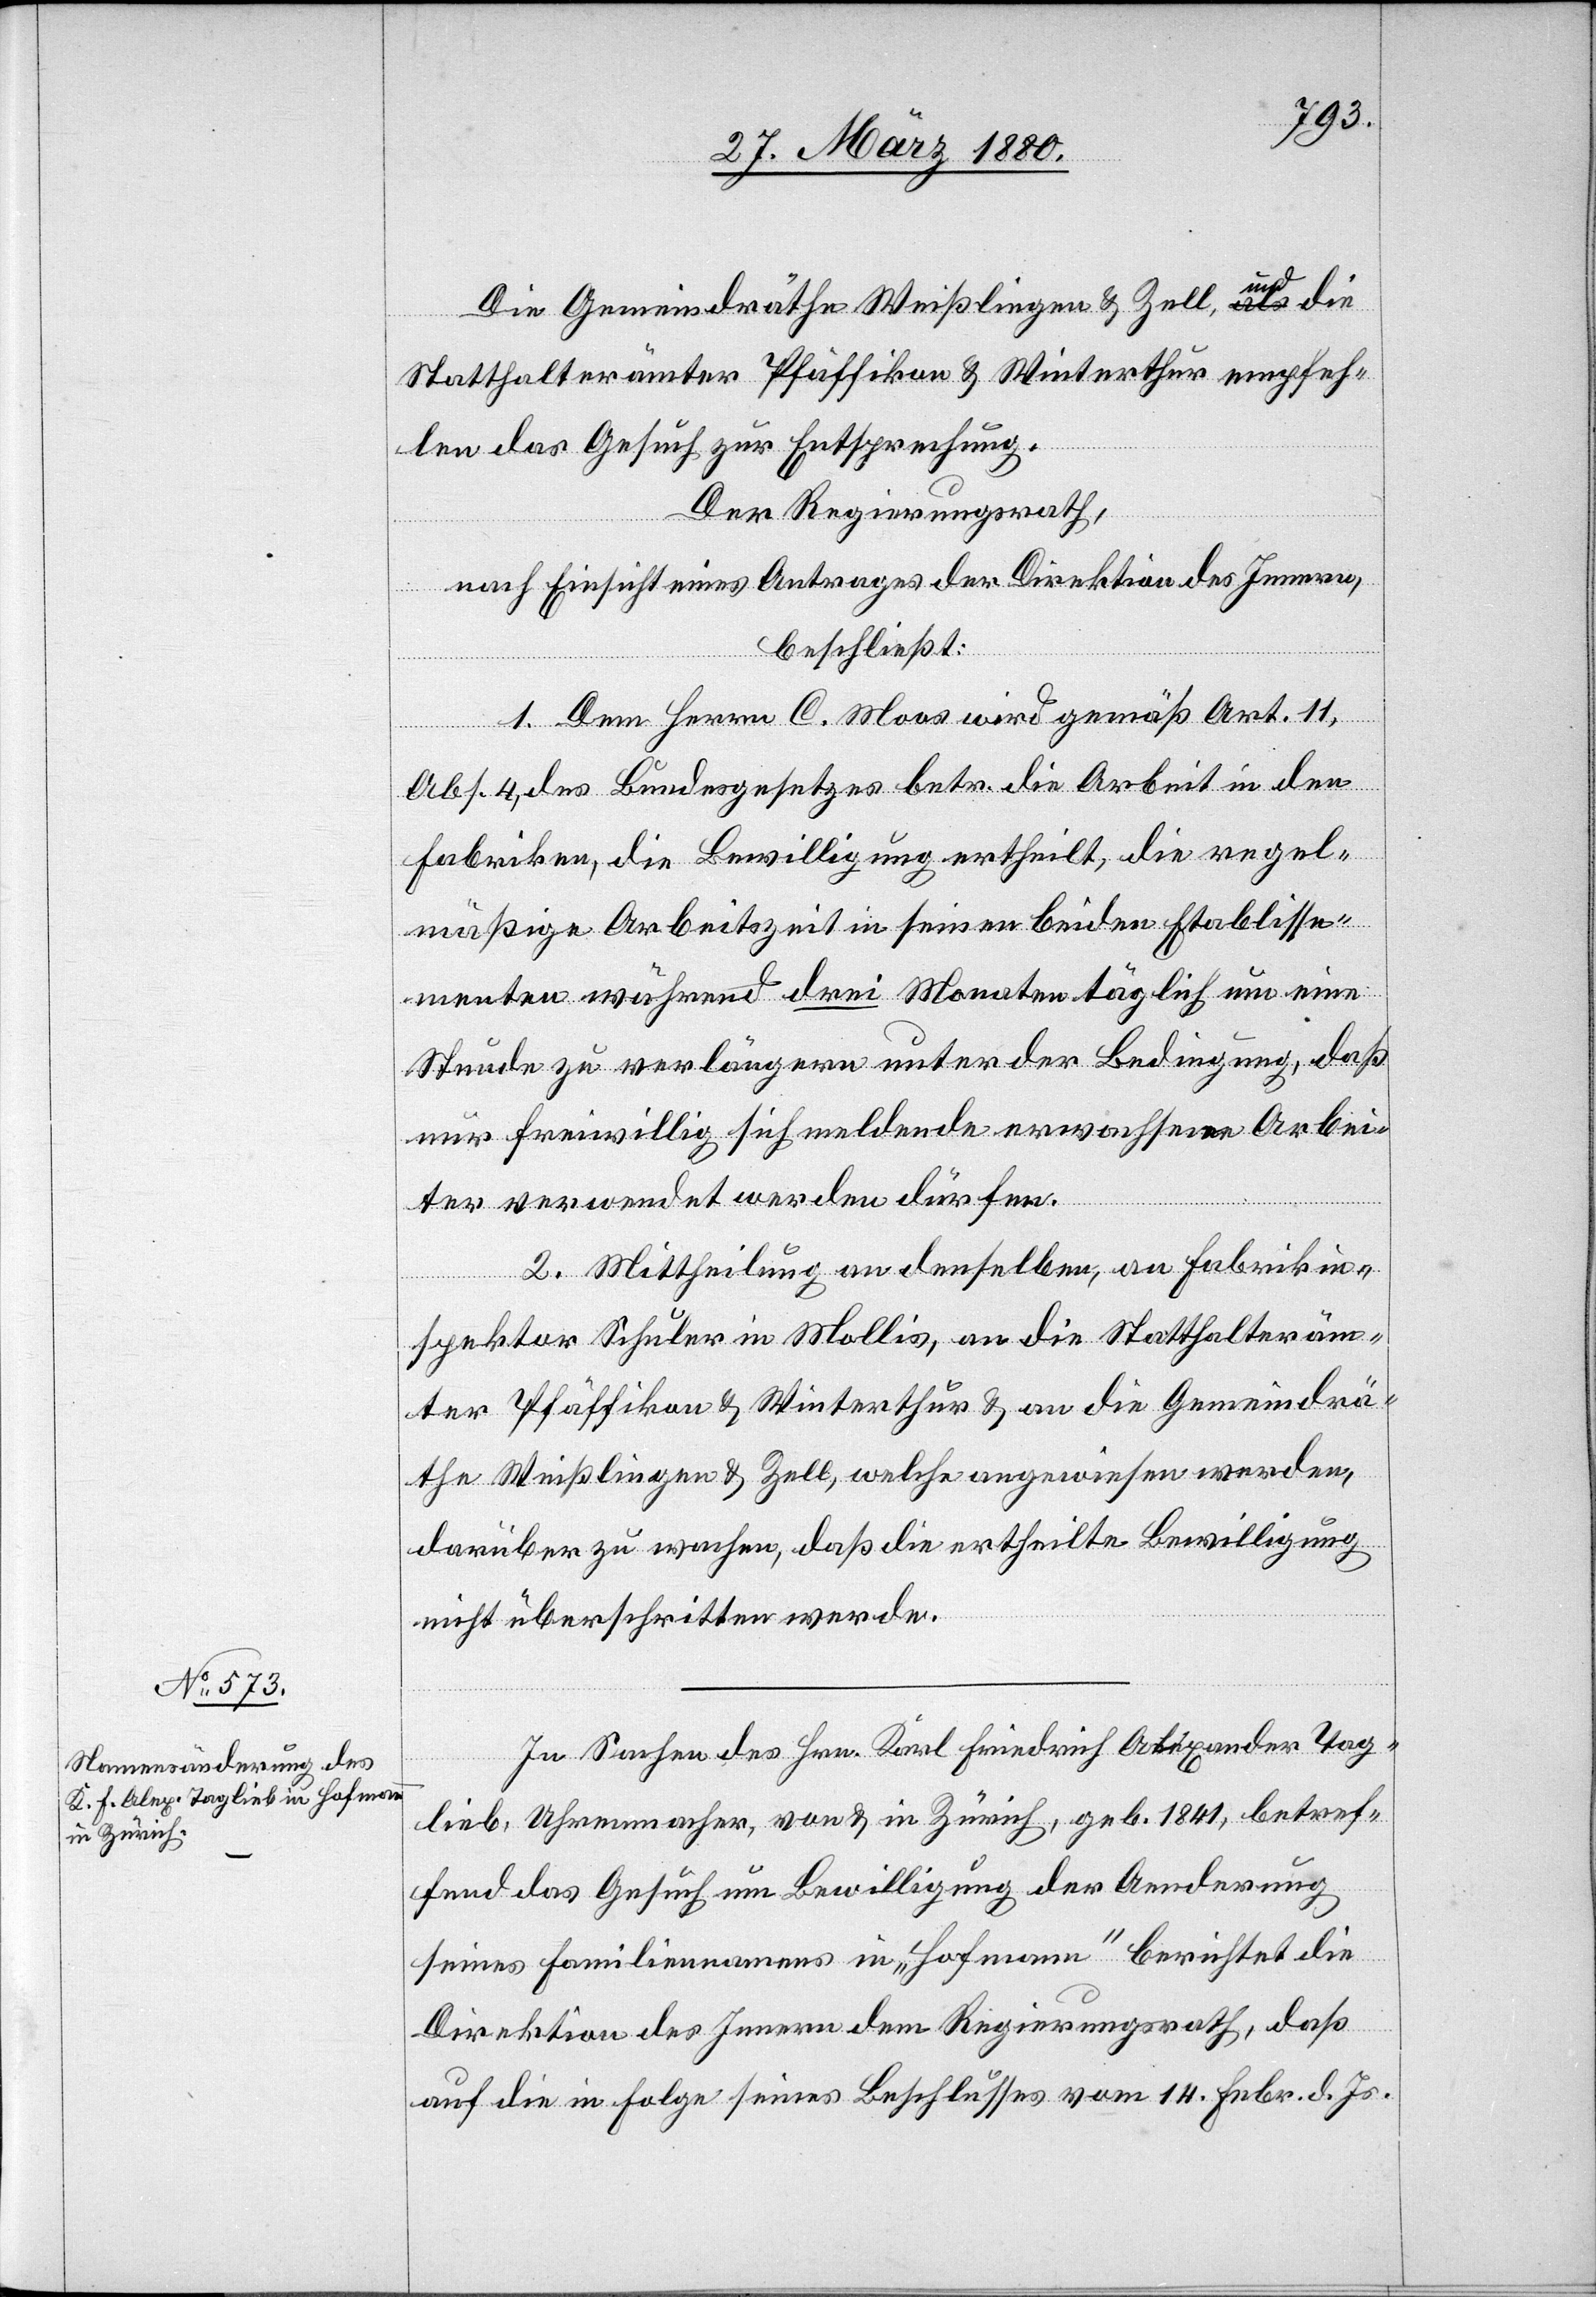
Die Gemeindräthe Weißlingen & Zell, und die
Statthalterämter Pfäffikon & Winterthur empfeh¬
len das Gesuch zur Entsprechung.
Der Regierungsrath,
nach Einsicht eines Antrages der Direktion des Innern,
beschließt:
1. Dem Herrn C. Moos wird gemäß Art. 11,
Abs. 4, des Bundesgesetzes betr. die Arbeit in den
Fabriken, die Bewilligung ertheilt, die regel¬
mäßige Arbeitszeit in seinen beiden Etablisse¬
menten während drei Monaten täglich um eine
Stunde zu verlängern unter der Bedingung, daß
nur freiwillig sich meldende erwachsene Arbei¬
ter verwendet werden dürfen.
2. Mittheilung an denselben, an Fabrikin¬
spektor Schuler in Mollis, an die Statthalteräm¬
ter Pfäffikon & Winterthur & an die Gemeindrä¬
the Weißlingen & Zell, welche angewiesen werden,
darüber zu wachen, daß die ertheilte Bewilligung
nicht überschritten werde.
In Sachen des Hrn. Karl Friedrich Alexander Tag¬
lieb, Uhrmacher, von & in Zürich, geb. 1841, betref¬
fend das Gesuch um Bewilligung der Aenderung
seines Familiennamens in „Hofmann“ berichtet die
Direktion des Innern dem Regierungsrath, daß
auf die in Folge seines Beschlusses vom 14. Febr. d. Js.